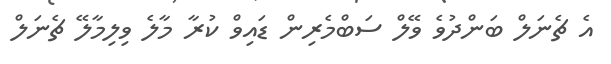
އެ ޗެނަލް ބަންދުވެ ވޭލް ސަބްމެރިން ޑައިވް ކުރާ މާލެ ވިލިމާލޭ ޗެނަލް